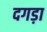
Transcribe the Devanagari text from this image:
दगड़ा